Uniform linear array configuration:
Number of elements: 4
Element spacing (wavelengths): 0.5
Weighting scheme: blackman
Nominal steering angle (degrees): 15
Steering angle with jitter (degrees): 16.081
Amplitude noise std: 0.05
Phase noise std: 0.05

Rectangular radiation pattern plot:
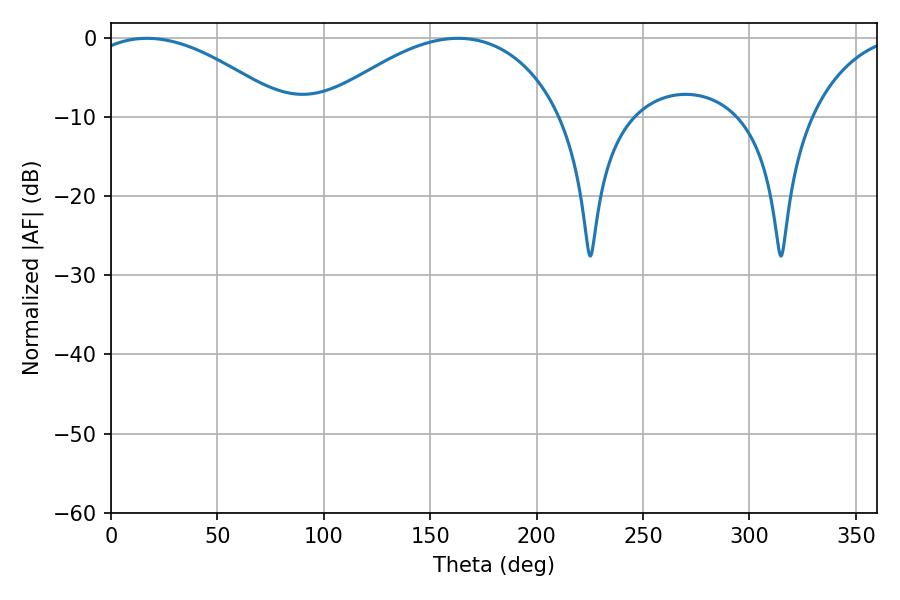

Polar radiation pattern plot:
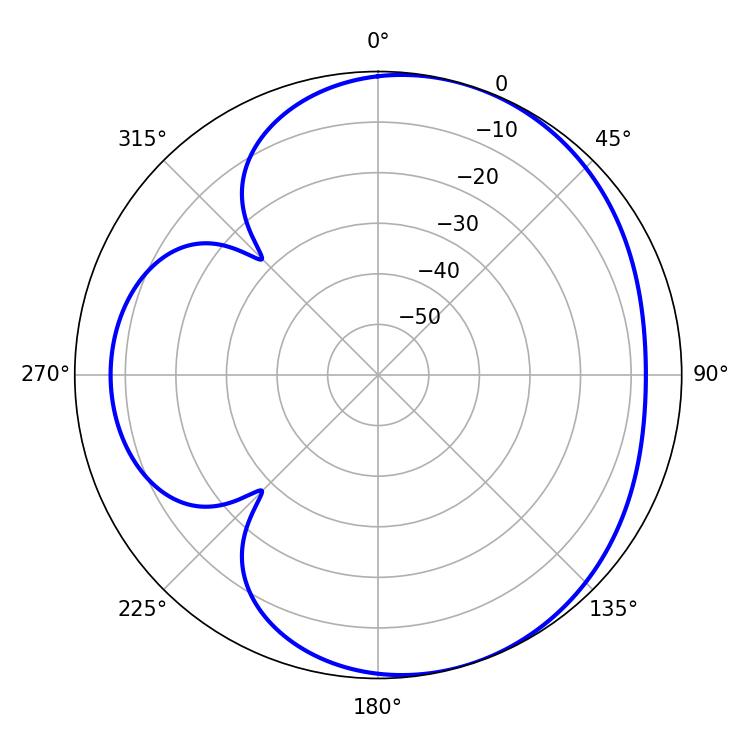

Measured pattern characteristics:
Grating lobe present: FALSE
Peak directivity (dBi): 4.522
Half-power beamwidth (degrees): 52.2
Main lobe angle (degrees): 16.92